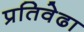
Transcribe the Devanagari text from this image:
प्रतिवेढा